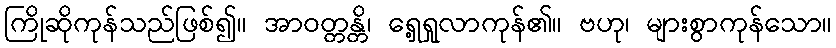
ကြိုဆိုကုန်သည်ဖြစ်၍။ အာဝတ္တန္တိ၊ ရှေ့ရှုလာကုန်၏။ ဗဟု၊ များစွာကုန်သော။